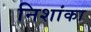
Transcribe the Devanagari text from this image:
निशांका